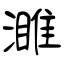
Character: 濉